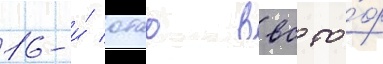
16-и́ отао ввс то́ф